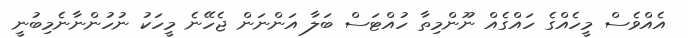
އެއްވެސް މީހެއްގެ ހައްގެއް ނޫންމިތާ ހުއްޓަސް ބަލާ އަންނަން ޖެހޭނެ މީހަކު ނުހުންނާނެމިބުނީ